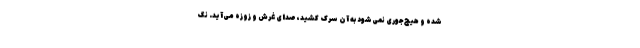
شده و هیچ‌جوری نمی‌شود به آن سرک کشید، صدای غرش و زوزه می‌آید. نگ